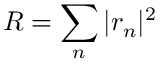
R = \sum _ { n } | r _ { n } | ^ { 2 }